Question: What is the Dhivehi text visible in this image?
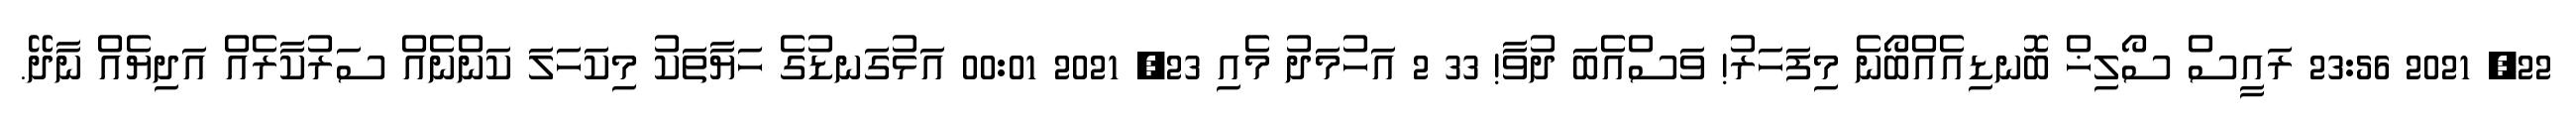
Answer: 22, 2021 23:56 ރައީސް ސޯލިޚް ބޮނޑިއެއްބޯނެ މިފަހަރު! ވަސްއެބަ ދުވާ! 33 2 އަހުމަދު މެއި 23, 2021 00:01 އަޅުގަނޑުގެ ހަޔާތަކު މިކަހަލަ ކަންނެއް ސަރުކާރެއް އަދިޔެއް ނާދޭ.